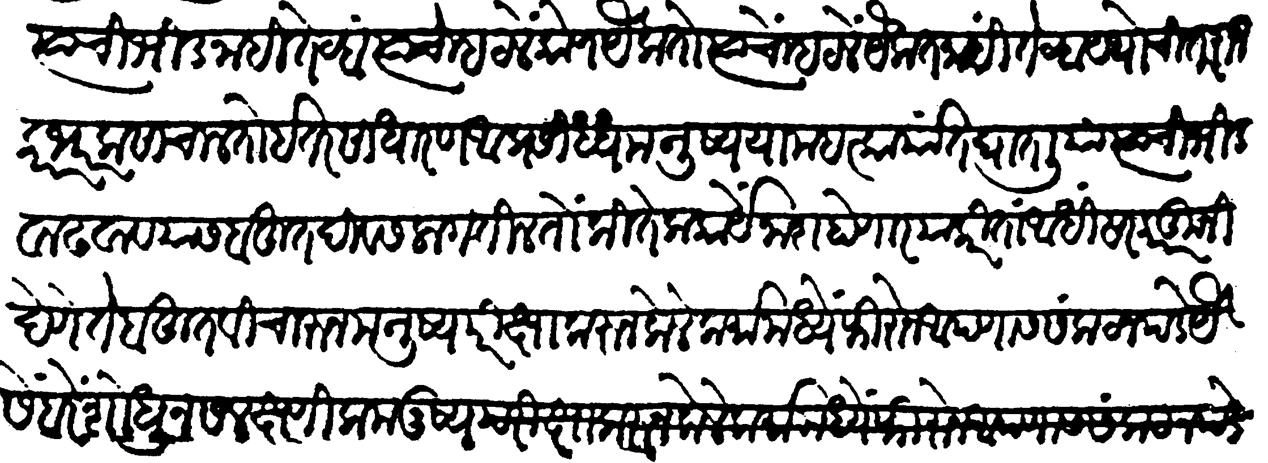
Transliteration (Devanagari): त्याची भीड नाहीं तेव्हा त्याचें म्हटलें कोण यैकतो? त्याचें म्हटलें यैकत नाहीं तेव्हा यथोचित राजकारभार कसा चालतो इतर साधारण आप्रसिद्ध मनुष्य या महत्कार्यात घातलिया त्याची भीड वाढवावयास बहुत विचारुन मनुष्यपरीक्षा करून केले कर्मामध्यें फिरोन आपणांस संकट न पड़े यैसें बरें शोधून सलक्षणीक मनुष्य